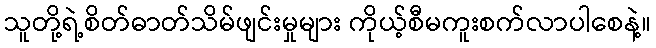
သူတို့ရဲ့စိတ်ဓာတ်သိမ်ဖျင်းမှုများ ကိုယ့်စီမကူးစက်လာပါစေနဲ့။